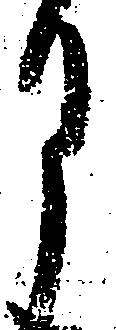
月